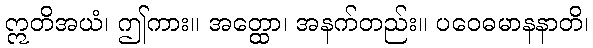
ဣတိအယံ၊ ဤကား။ အတ္ထော၊ အနက်တည်း။ ပဝေဓမာနနာတိ၊